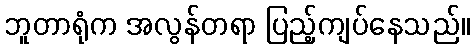
ဘူတာရုံက အလွန်တရာ ပြည့်ကျပ်နေသည်။